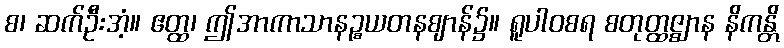
စ၊ ဆက်ဦးအံ့။ ဧတ္ထ၊ ဤအာကာသာနဉ္စယတနဈာန်၌။ ရူပါဝစရ စတုတ္ထဇ္ဈာန နိကန္တိ